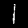
Label: 1